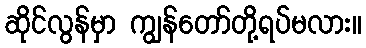
ဆိုင်လွန်မှာ ကျွန်တော်တို့ရပ်မလား။